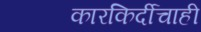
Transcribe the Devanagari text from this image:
कारकिर्दीचाही